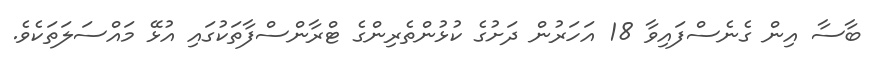
ބާސާ އިން ގެނެސްފައިވާ 18 އަހަރުން ދަށުގެ ކުޅުންތެރިންގެ ޓްރާންސްފާތަކުގައި އުޅޭ މައްސަލަތަކެވެ.